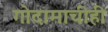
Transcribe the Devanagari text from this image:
गोदामाचीही